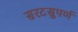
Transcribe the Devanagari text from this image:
सरटसुपर्ण